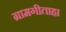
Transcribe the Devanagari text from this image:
ग्रामगीताहा